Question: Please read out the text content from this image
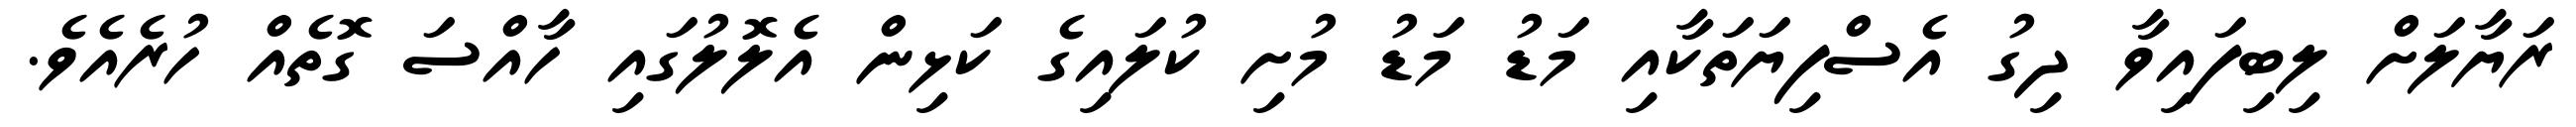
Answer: ރަޔާލަށް ލިބިފައިވާ ދިގު އެސްފިޔަތަކާއި މަޑު މަޑު މުށި ކުލައިގެ ކަޅިން އެލޮލުގައި ހާއްސަ ގޮތެއް ހުރެއެވެ.